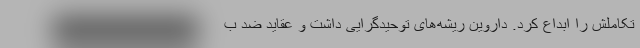
تکاملش را ابداع کرد. داروین ریشه‌های توحیدگرایی داشت و عقاید ضد ب